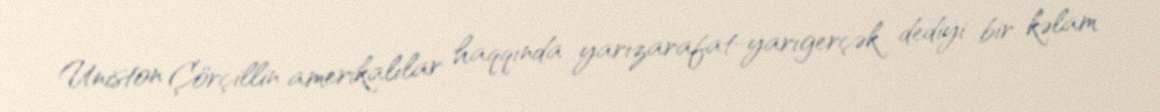
Uniston Çörçillin amerikalılar haqqında yarızarafat-yarıgerçək dediyi bir kəlam